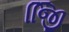
જિિી